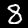
Digit: 8